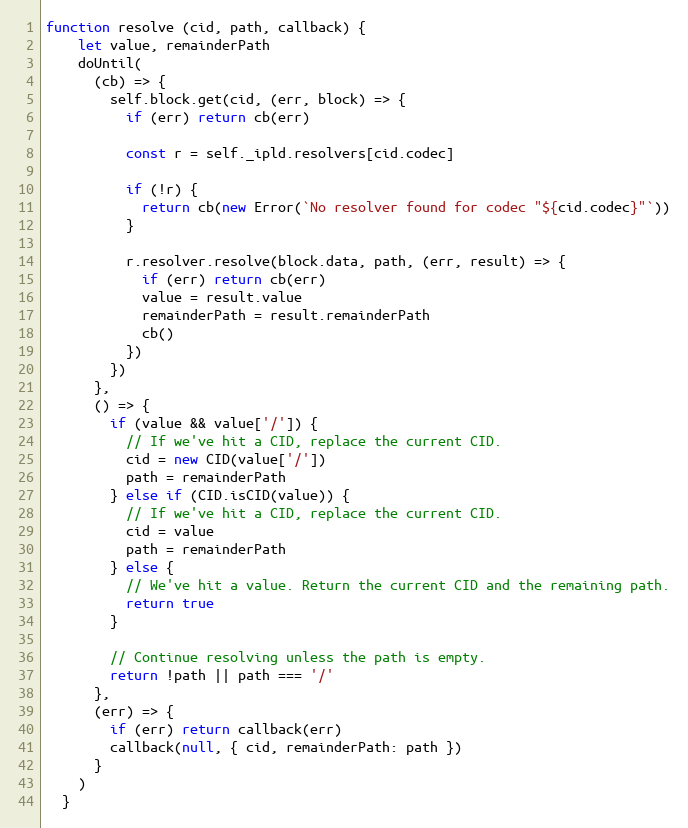
Language: JavaScript
function resolve (cid, path, callback) {
    let value, remainderPath
    doUntil(
      (cb) => {
        self.block.get(cid, (err, block) => {
          if (err) return cb(err)

          const r = self._ipld.resolvers[cid.codec]

          if (!r) {
            return cb(new Error(`No resolver found for codec "${cid.codec}"`))
          }

          r.resolver.resolve(block.data, path, (err, result) => {
            if (err) return cb(err)
            value = result.value
            remainderPath = result.remainderPath
            cb()
          })
        })
      },
      () => {
        if (value && value['/']) {
          // If we've hit a CID, replace the current CID.
          cid = new CID(value['/'])
          path = remainderPath
        } else if (CID.isCID(value)) {
          // If we've hit a CID, replace the current CID.
          cid = value
          path = remainderPath
        } else {
          // We've hit a value. Return the current CID and the remaining path.
          return true
        }

        // Continue resolving unless the path is empty.
        return !path || path === '/'
      },
      (err) => {
        if (err) return callback(err)
        callback(null, { cid, remainderPath: path })
      }
    )
  }